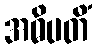
အဓိပတိံ